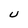
Character: U